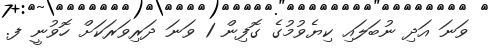
ވަނަ އަދި ނުބަލައި ކިޔެވުމުގެ ގޮފިން 1 ވަނަ ދަރިވަރަކަށް ހޮވުނީ ފ.